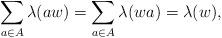
LaTeX: \begin{align*}\sum_{a\in A}\lambda(aw)=\sum_{a\in A}\lambda(wa)=\lambda(w),\end{align*}